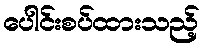
ပေါင်းစပ်ထားသည့်